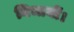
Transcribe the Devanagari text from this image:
निभायीं।